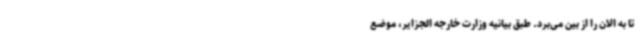
تا به الان را از بین می‌برد. طبق بیانیه وزارت خارجه الجزایر، موضع